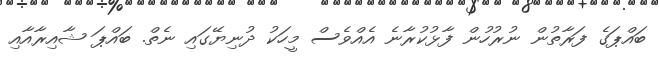
ބައްޕަގެ ފަރާތުން ނުރުހުން ފާޅުކުރާނެ އެއްވެސް މީހަކު ދުނިޔޭގައި ނެތް. ބައްޕަ ޝާއިރާއާއި